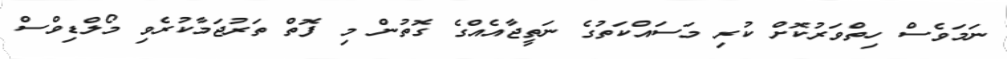
ނަމަވެސް ހިތްވަރުކޮށް ކުރި މަސައްކަތުގެ ނަތީޖާއެއްގެ ގޮތުން މި ފޮތް ތަރުޖަމާކުރެވި މޯލްޑިވްސް